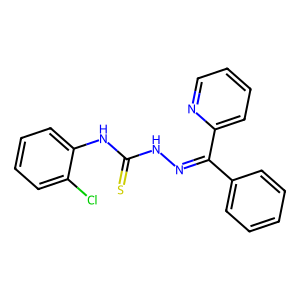
SMILES: S=C(NN=C(c1ccccc1)c1ccccn1)Nc1ccccc1Cl
Inhibits HIV replication: No